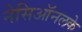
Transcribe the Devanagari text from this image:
नेसिऑनलके